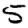
Digit: 5